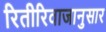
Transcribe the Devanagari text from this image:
रितीरिवाजानुसार